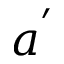
a ^ { ' }